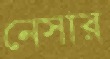
নেসার